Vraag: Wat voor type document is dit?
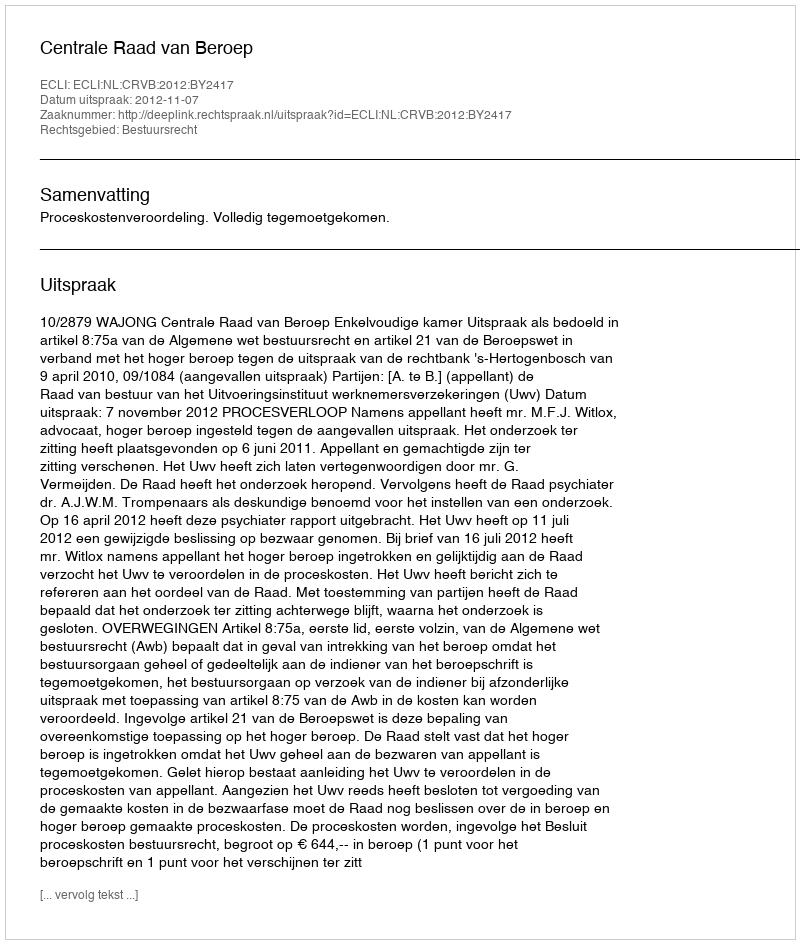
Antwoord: Uitspraak